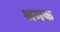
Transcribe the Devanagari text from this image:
श्रमक